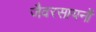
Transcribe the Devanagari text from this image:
जैवरसायनों